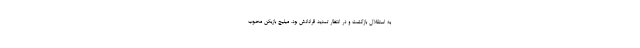
به استقلال بازگشت و در انتظار تمدید قرادادش بود. میلیچ بازیکن محبوب